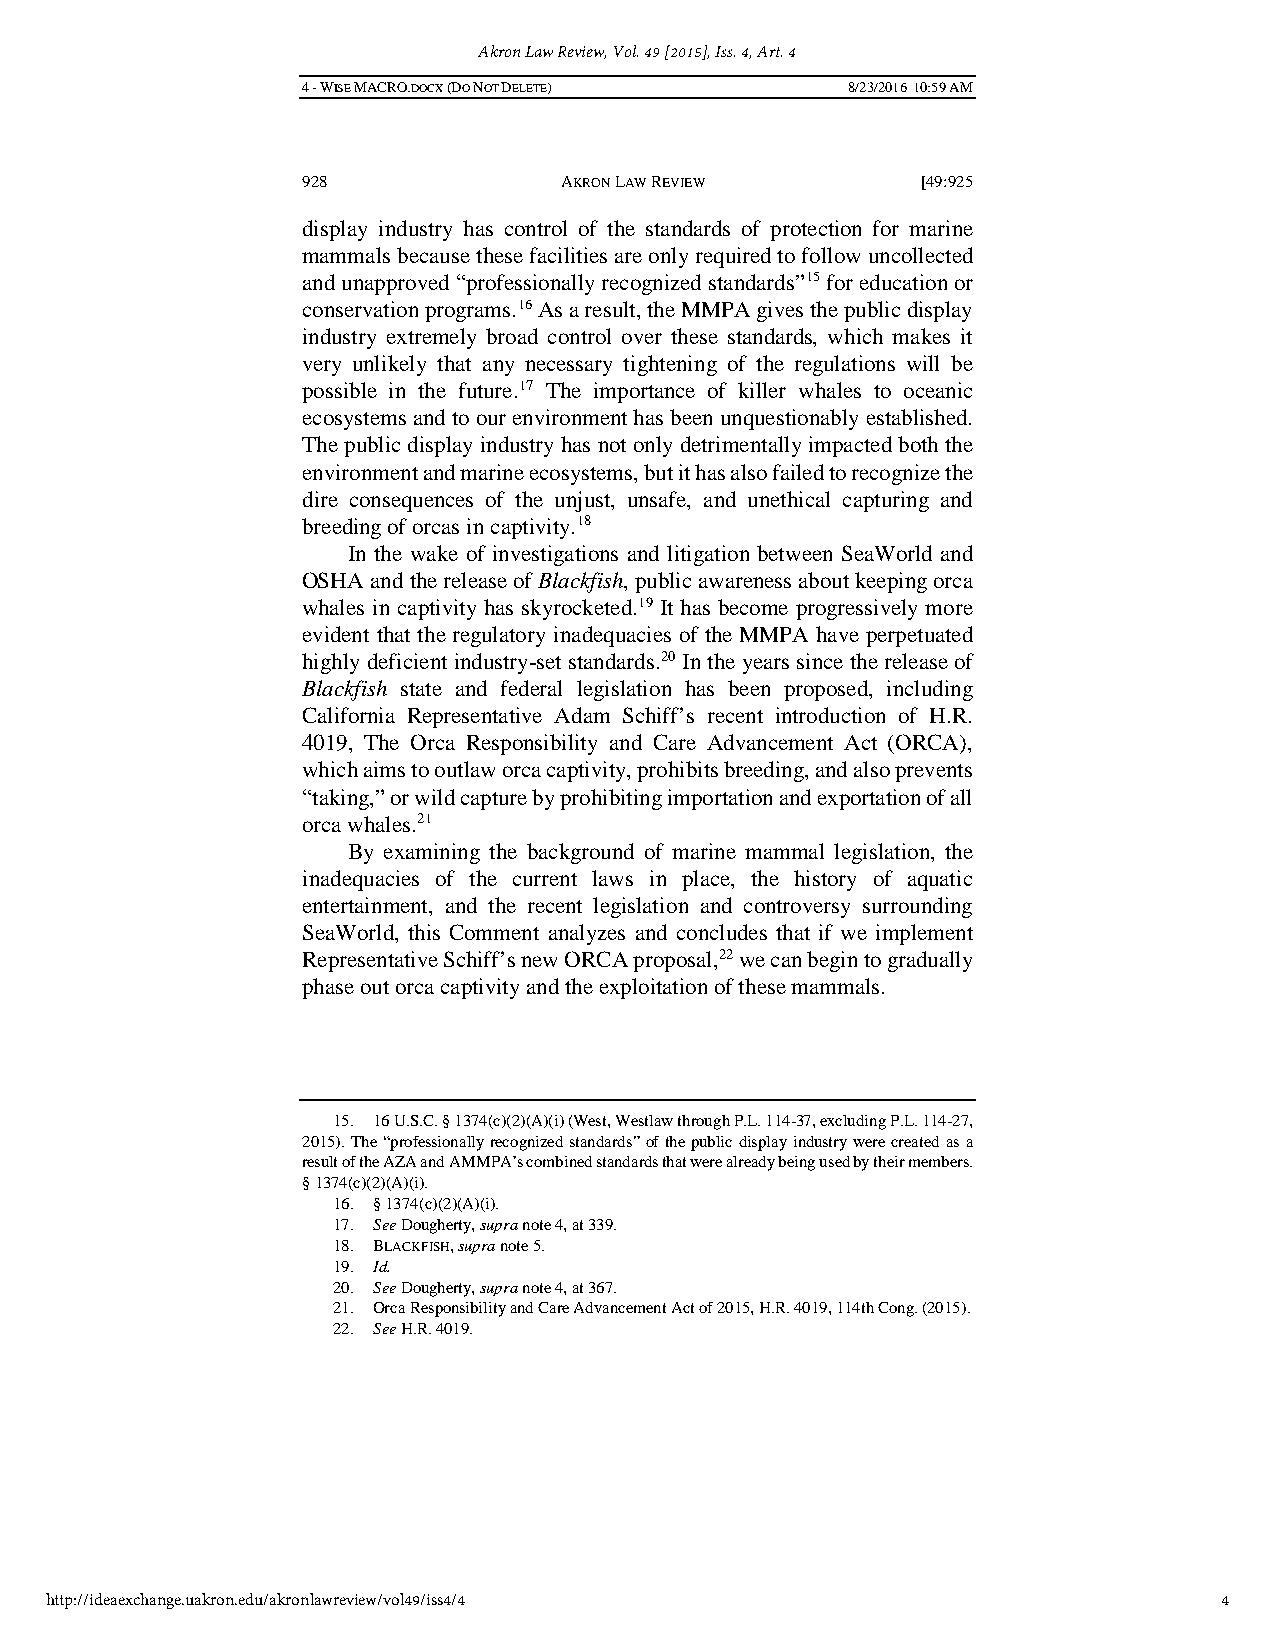
Akron Law Review, Vol. 49 [2015], Iss. 4, Art. 4
 4 - WISE MACRO.DOCX (DO NOT DELETE) 8/23/2016 10:59 AM
 928              AKRON LAW REVIEW        [49:925
 display industry has control of the standards of protection for marine
 mammals because these facilities are only required to follow uncollected
 and unapproved “professionally recognized standards”15 for education or
 conservation programs.16 As a result, the MMPA gives the public display
 industry extremely broad control over these standards, which makes it
 very unlikely that any necessary tightening of the regulations will be
 possible in the future.17 The importance of killer whales to oceanic
 ecosystems and to our environment has been unquestionably established.
 The public display industry has not only detrimentally impacted both the
 environment and marine ecosystems, but it has also failed to recognize the
 dire consequences of the unjust, unsafe, and unethical capturing and
 breeding of orcas in captivity.18
 In the wake of investigations and litigation between SeaWorld and
 OSHA and the release of Blackfish, public awareness about keeping orca
 whales in captivity has skyrocketed.19 It has become progressively more
 evident that the regulatory inadequacies of the MMPA have perpetuated
 highly deficient industry-set standards.20 In the years since the release of
 Blackfish state and federal legislation has been proposed, including
 California Representative Adam Schiff’s recent introduction of H.R.
 4019, The Orca Responsibility and Care Advancement Act (ORCA),
 which aims to outlaw orca captivity, prohibits breeding, and also prevents
 “taking,” or wild capture by prohibiting importation and exportation of all
 orca whales.21
 By examining the background of marine mammal legislation, the
 inadequacies of the current laws in place, the history of aquatic
 entertainment, and the recent legislation and controversy surrounding
 SeaWorld, this Comment analyzes and concludes that if we implement
 Representative Schiff’s new ORCA proposal,22 we can begin to gradually
 phase out orca captivity and the exploitation of these mammals.
 15. 16 U.S.C. § 1374(c)(2)(A)(i) (West, Westlaw through P.L. 114-37, excluding P.L. 114-27,
 2015). The “professionally recognized standards” of the public display industry were created as a
 result of the AZA and AMMPA’s combined standards that were already being used by their members.
 § 1374(c)(2)(A)(i).
 16. § 1374(c)(2)(A)(i).
 17. See Dougherty, supra note 4, at 339.
 18. BLACKFISH, supra note 5.
 19. Id.
 20. See Dougherty, supra note 4, at 367.
 21. Orca Responsibility and Care Advancement Act of 2015, H.R. 4019, 114th Cong. (2015).
 22. See H.R. 4019.
 http://ideaexchange.uakron.edu/akronlawreview/vol49/iss4/4                    4